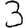
Digit: 3